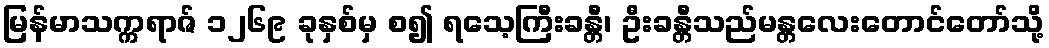
မြန်မာသက္ကရာဇ် ၁၂၆၉ ခုနှစ်မှ စ၍ ရသေ့ကြီးခန္တီ၊ ဦးခန္တီသည်မန္တလေးတောင်တော်သို့